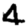
Digit: 4